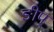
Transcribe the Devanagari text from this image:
ङीप्